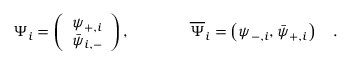
\Psi _ { i } = \left( \begin{array} { l } { { \psi _ { + , i } } } \\ { { \bar { \psi } _ { i , - } } } \end{array} \right) , \qquad \qquad \overline { { { \Psi } } } _ { i } = \left( \psi _ { - , i } , \bar { \psi } _ { + , i } \right) \quad .